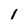
Character: i